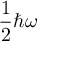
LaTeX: { \frac { 1 } { 2 } } \hbar \omega